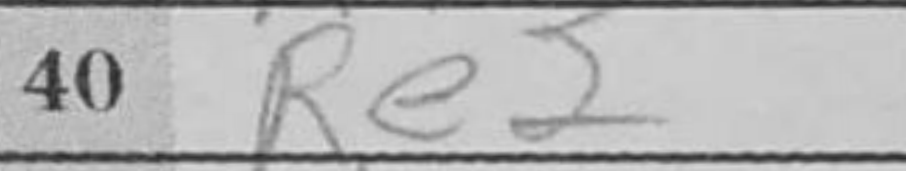
Transcription: Re2